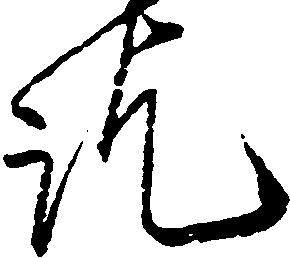
訖